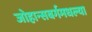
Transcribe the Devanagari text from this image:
जोहान्सबर्गमधल्या